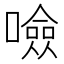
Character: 噞